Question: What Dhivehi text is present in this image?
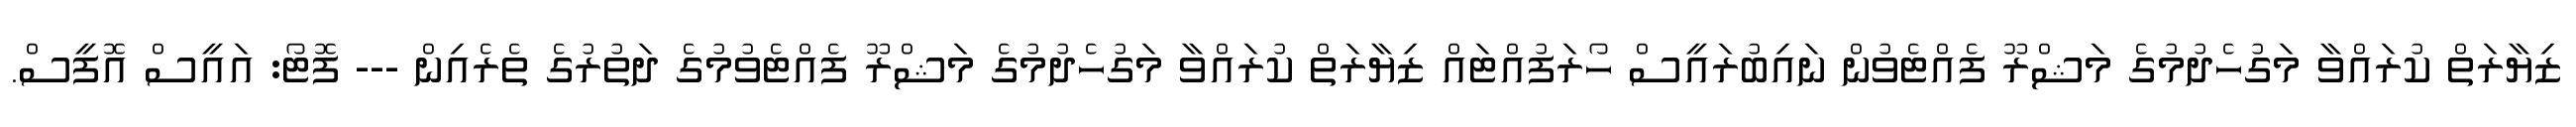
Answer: ޒިޔާރަތް ކުރައްވާ މަގުހެދުމުގެ މަޝްރޫ ފެއްޓެވުން ނައިބުރައީސް ހޯރަފުއްޓައް ޒިޔާރަތް ކުރައްވާ މަގުހެދުމުގެ މަޝްރޫ ފެއްޓެވުމުގެ ދަތުރުގެ ތެރެއިން --- ފޮޓޯ: އައީސް އޮފީސް.